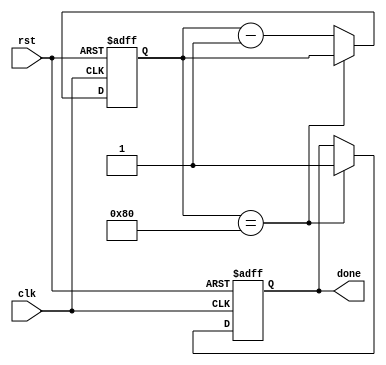
module decremental_for_loop (
    input rst,
    input clk,
    output reg done
);

reg [7:0] counter;

initial begin
    counter = 8'hFF; // Initialize counter to specified value
end

always @(posedge clk or posedge rst) begin
    if (rst) begin
        counter <= 8'hFF; // Reset counter to specified value on reset
        done <= 0; // Reset done signal
    end else begin
        if (counter == 8'h80) begin // Check if counter reaches end value
            done <= 1; // Set done signal when loop ends
        end else begin
            counter <= counter - 1; // Decrement counter by specified increment
            // Execute set of statements here
        end
    end
end

endmodule